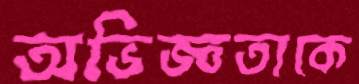
অভিজ্ঞতাকে